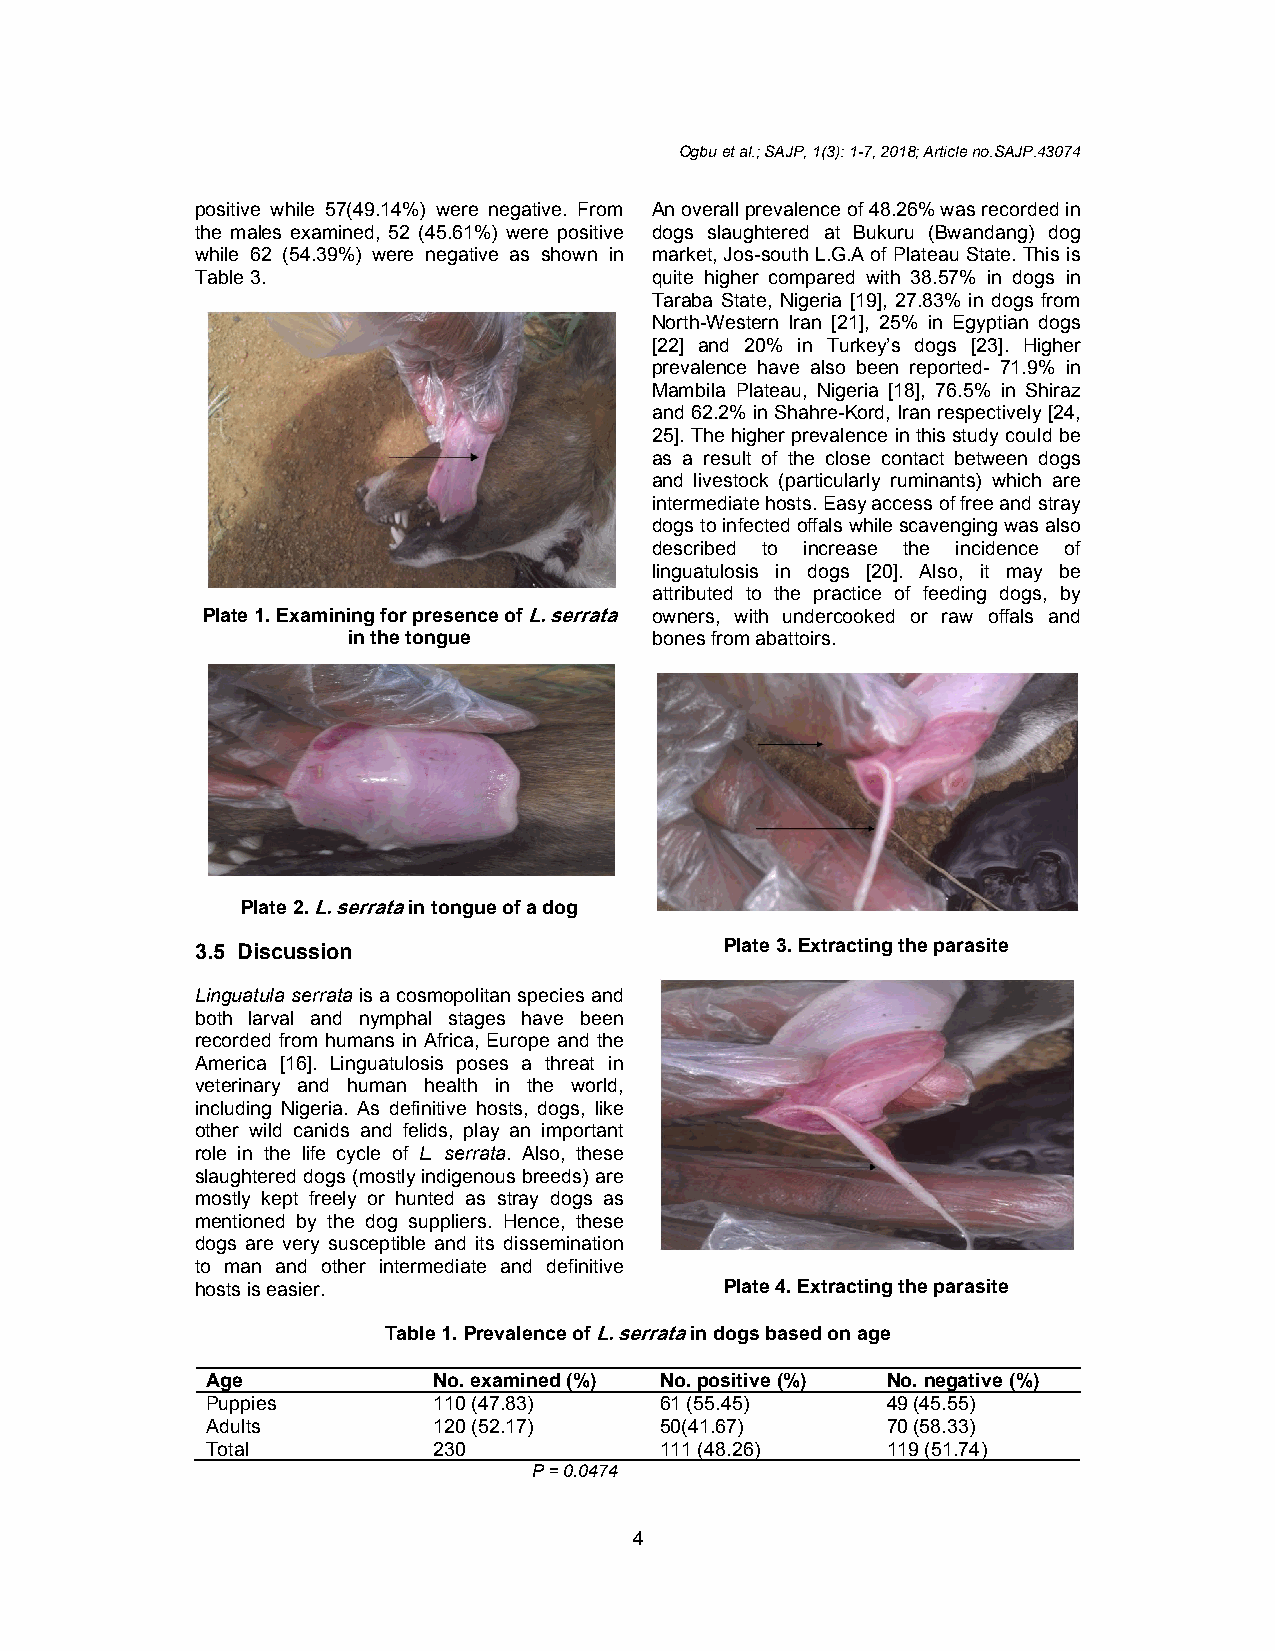
Ogbu et al.; SAJP, 1(3): 1-7, 2018; Article no.SAJP.43074
 positive while 57(49.14%) were negative. From An overall prevalence of 48.26% was recorded in
 the males examined, 52 (45.61%) were positive dogs slaughtered at Bukuru (Bwandang) dog
 while 62 (54.39%) were negative as shown in market, Jos-south L.G.A of Plateau State. This is
 Table 3.                      quite higher compared with 38.57% in dogs in
 Taraba State, Nigeria [19], 27.83% in dogs from
 North-Western Iran [21], 25% in Egyptian dogs
 [22] and 20% in Turkey’s dogs [23]. Higher
 prevalence have also been reported- 71.9% in
 Mambila Plateau, Nigeria [18], 76.5% in Shiraz
 and 62.2% in Shahre-Kord, Iran respectively [24,
 25]. The higher prevalence in this study could be
 as a result of the close contact between dogs
 and livestock (particularly ruminants) which are
 intermediate hosts. Easy access of free and stray
 dogs to infected offals while scavenging was also
 described to increase the incidence of
 linguatulosis in dogs [20]. Also, it may be
 attributed to the practice of feeding dogs, by
 Plate 1. Examining for presence of L. serrata owners, with undercooked or raw offals and
 in the tongue       bones from abattoirs.
 Plate 2. L. serrata in tongue of a dog
 3.5 Discussion                     Plate 3. Extracting the parasite
 Linguatula serrata is a cosmopolitan species and
 both larval and nymphal stages have been
 recorded from humans in Africa, Europe and the
 America [16]. Linguatulosis poses a threat in
 veterinary and human health in the world,
 including Nigeria. As definitive hosts, dogs, like
 other wild canids and felids, play an important
 role in the life cycle of L. serrata. Also, these
 slaughtered dogs (mostly indigenous breeds) are
 mostly kept freely or hunted as stray dogs as
 mentioned by the dog suppliers. Hence, these
 dogs are very susceptible and its dissemination
 to man and other intermediate and definitive
 hosts is easier.                   Plate 4. Extracting the parasite
 Table 1. Prevalence of L. serrata in dogs based on age
 Age            No. examined (%) No. positive (%) No. negative (%)
 Puppies        110 (47.83)    61 (55.45)     49 (45.55)
 Adults         120 (52.17)    50(41.67)      70 (58.33)
 Total          230            111 (48.26)    119 (51.74)
 P = 0.0474
 4